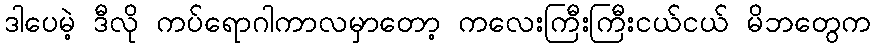
ဒါပေမဲ့ ဒီလို ကပ်ရောဂါကာလမှာတော့ ကလေးကြီးကြီးငယ်ငယ် မိဘတွေက